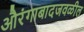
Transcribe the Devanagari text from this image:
औरंगाबादजवळील